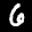
Label: 6